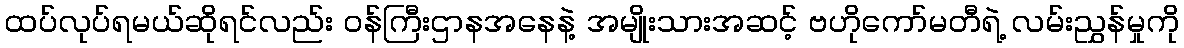
ထပ်လုပ်ရမယ်ဆိုရင်လည်း ဝန်ကြီးဌာနအနေနဲ့ အမျိုးသားအဆင့် ဗဟိုကော်မတီရဲ့ လမ်းညွှန်မှုကို